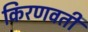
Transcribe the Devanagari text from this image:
किरणवती